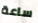
ساعة